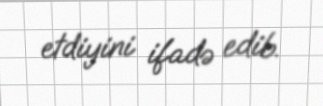
etdiyini ifadə edib.